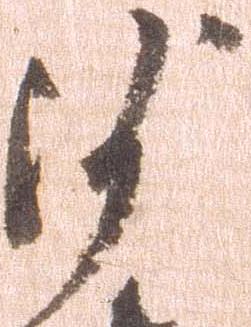
沙